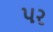
૫ર